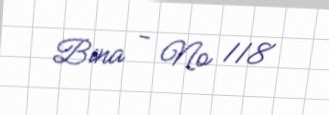
Bina - № 118